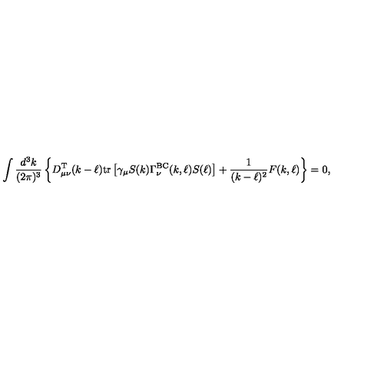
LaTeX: \int \frac { d ^ { 3 } k } { ( 2 \pi ) ^ { 3 } } \left\{ D _ { \mu \nu } ^ { \mathrm { T } } ( k - \ell ) \mathrm { t r } \left[ \gamma _ { \mu } S ( k ) \Gamma _ { \nu } ^ { \mathrm { B C } } ( k , \ell ) S ( \ell ) \right] + \frac { 1 } { ( k - \ell ) ^ { 2 } } F ( k , \ell ) \right\} = 0 ,